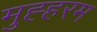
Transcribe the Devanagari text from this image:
मुह्हरम